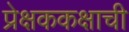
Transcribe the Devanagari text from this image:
प्रेक्षककक्षाची